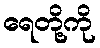
ရေတို့ကို